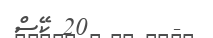
-       20 ކޭސް